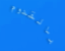
بالقدوم